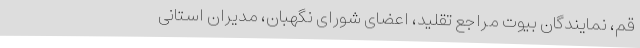
قم، نمایندگان بیوت مراجع تقلید، اعضای شورای نگهبان، مدیران استانی